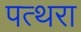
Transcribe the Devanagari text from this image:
पत्थरा